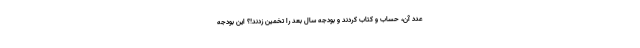
عدد آن، حساب و کتاب کردند و بودجه سال بعد را تخمین زدند!؟ این بودجه